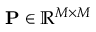
\mathbf { P } \in \mathbb { R } ^ { M \times M }